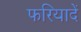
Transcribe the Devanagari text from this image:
फरियादें